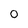
Character: 0